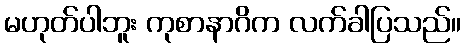
မဟုတ်ပါဘူး ကုစာနာဂိက လက်ခါပြသည်။